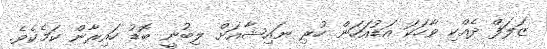
ޒަލަފް ދެއްކި ވާހަކަ އަޑުއަހަން ހުރި ނައިޝާއަށް ލިބުނީ ބޮޑު ހައިރާން ކަމެކެވެ.